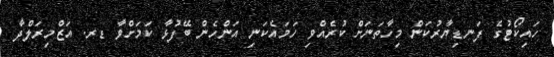
ހައިކޯޓުގެ ފަނޑިޔާރުކަން މިހާތަނަށް ކުރެއްވި ހަމައެކަނި އަންހެން ބޭފުޅާ ކަމަށްވާ ޑރ. އަޒްމިރަލްދާ